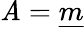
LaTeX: \mathit{A}={\underline{{{m}}}}